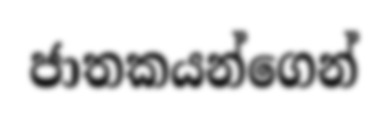
ජාතකයන්ගෙන්